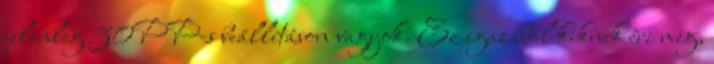
jelenleg 30PP-s beállításon vagyok. Ez igazából kiknek éri meg,